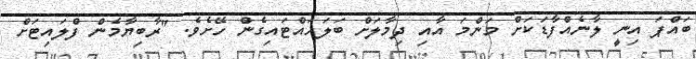
ބައްޕަ އިނީ ލާނެއްފާޑަކަށް މަންމަ އާއި ދިމާލަށް ބަލަހައްޓައިގެން ހޭށެވެ. "ރާބިޔާމެން ފްލައިޓަށް